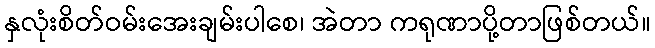
နှလုံးစိတ်ဝမ်းအေးချမ်းပါစေ၊ အဲတာ ကရုဏာပို့တာဖြစ်တယ်။